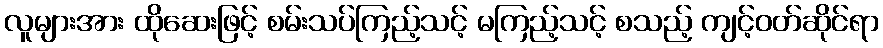
လူများအား ထိုဆေးဖြင့် စမ်းသပ်ကြည့်သင့် မကြည့်သင့် စသည့် ကျင့်ဝတ်ဆိုင်ရာ